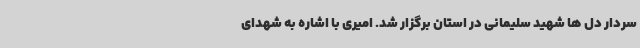
سردار دل ها شهید سلیمانی در استان برگزار شد. امیری با اشاره به شهدای